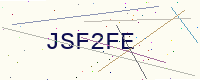
Text: JSF2FE